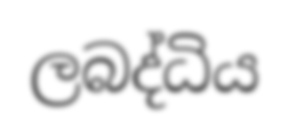
ලබද්ධිය